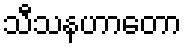
သီသနဟာတော